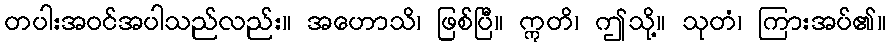
တပါးအဝင်အပါသည်လည်း။ အဟောသိ၊ ဖြစ်ပြီ။ ဣတိ၊ ဤသို့။ သုတံ၊ ကြားအပ်၏။